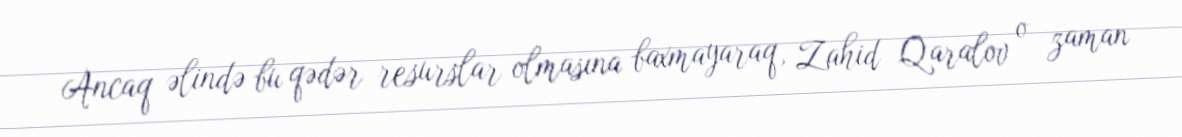
Ancaq əlində bu qədər resurslar olmasına baxmayaraq, Zahid Qaralov o zaman